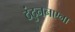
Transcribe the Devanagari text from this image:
ठंठुननएना